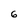
Character: 6